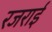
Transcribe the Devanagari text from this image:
रजराई